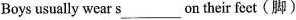
Boys usually wear s___on their feet(脚)